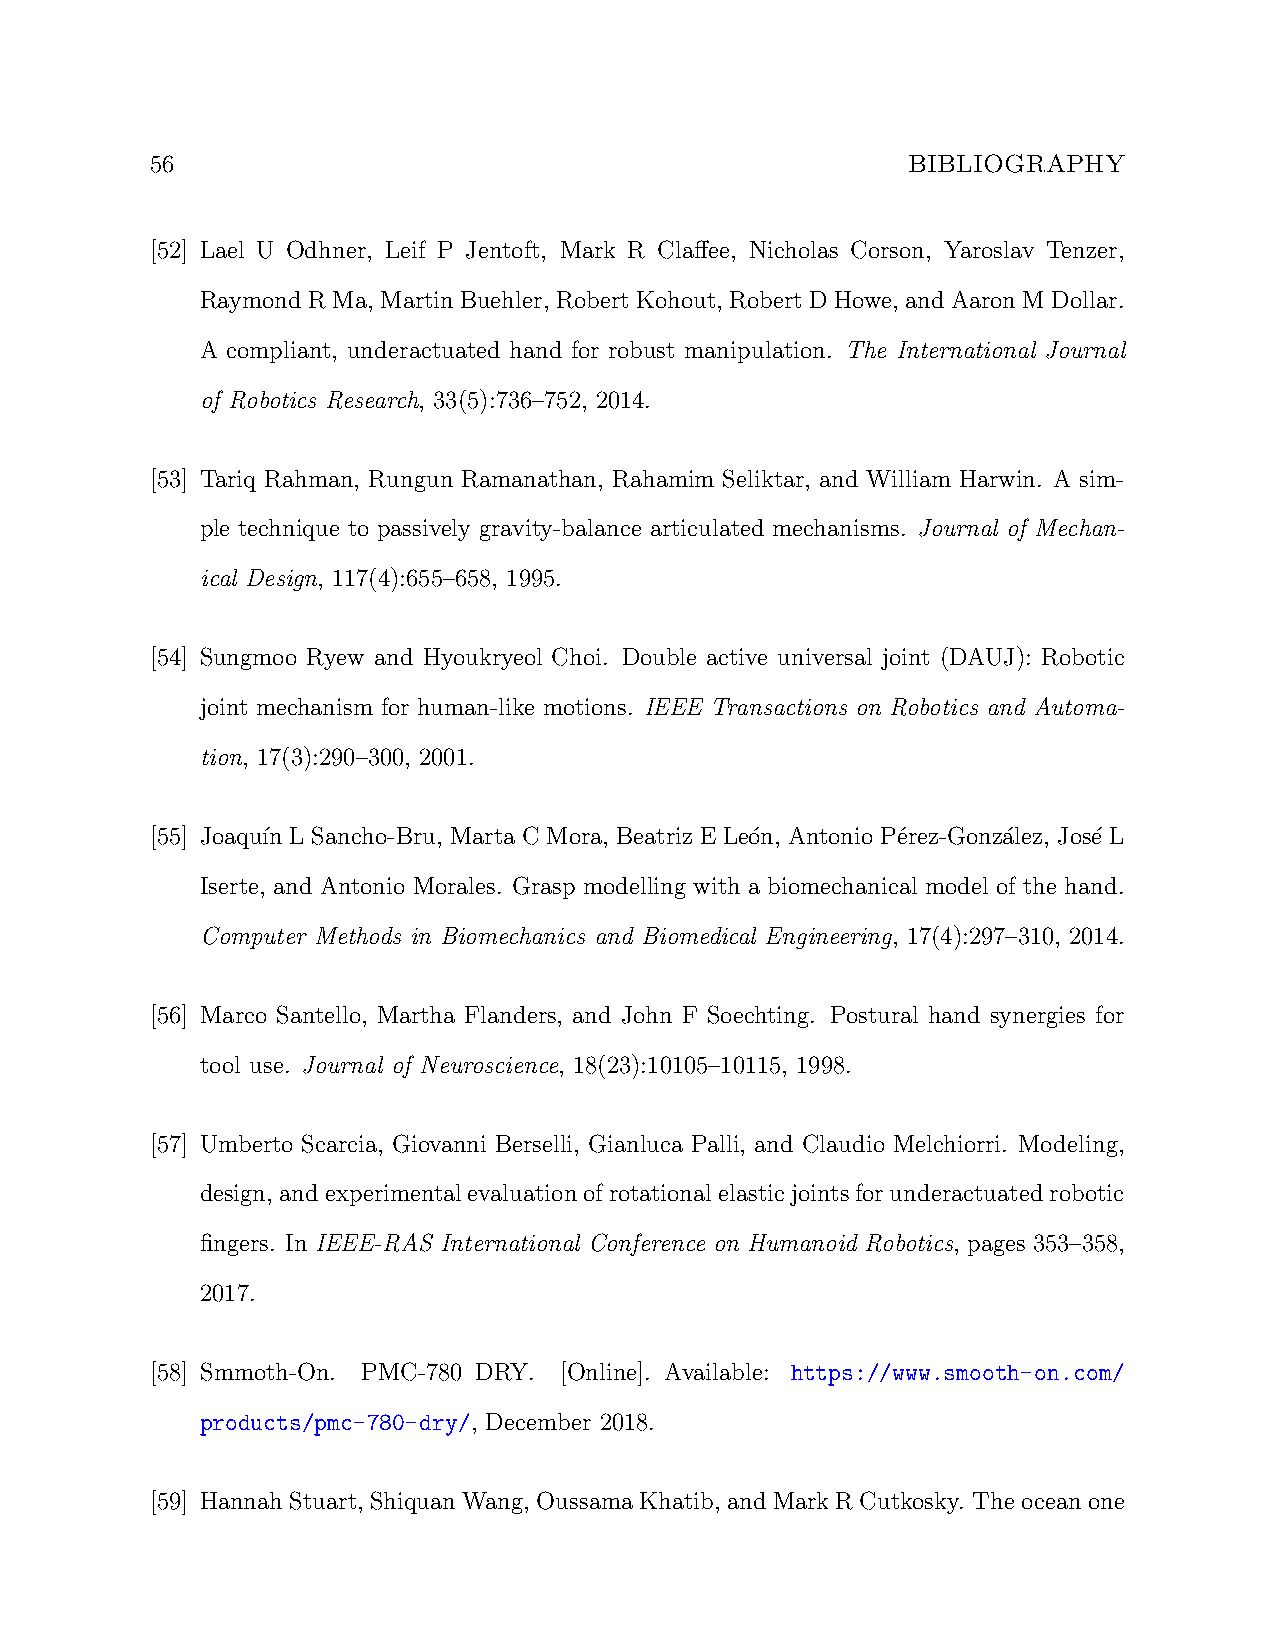
56                                                BIBLIOGRAPHY
 [52] Lael U Odhner, Leif P Jentoft, Mark R Claffee, Nicholas Corson, Yaroslav Tenzer,
 RaymondRMa, MartinBuehler, RobertKohout, Robert DHowe, andAaron MDollar.
 A compliant, underactuated hand for robust manipulation. The International Journal
 of Robotics Research, 33(5):736–752, 2014.
 [53] Tariq Rahman, Rungun Ramanathan, Rahamim Seliktar, and William Harwin. A sim-
 ple technique to passively gravity-balance articulated mechanisms. Journal of Mechan-
 ical Design, 117(4):655–658, 1995.
 [54] Sungmoo Ryew and Hyoukryeol Choi. Double active universal joint (DAUJ): Robotic
 joint mechanism for human-like motions. IEEE Transactions on Robotics and Automa-
 tion, 17(3):290–300, 2001.
 [55] Joaqu´ın L Sancho-Bru, Marta C Mora, Beatriz E Leo´n, Antonio P´erez-Gonza´lez, Jos´e L
 Iserte, and Antonio Morales. Grasp modelling with a biomechanical model of the hand.
 Computer Methods in Biomechanics and Biomedical Engineering, 17(4):297–310, 2014.
 [56] Marco Santello, Martha Flanders, and John F Soechting. Postural hand synergies for
 tool use. Journal of Neuroscience, 18(23):10105–10115, 1998.
 [57] Umberto Scarcia, Giovanni Berselli, Gianluca Palli, and Claudio Melchiorri. Modeling,
 design, andexperimentalevaluationofrotationalelasticjointsforunderactuatedrobotic
 fingers. In IEEE-RAS International Conference on Humanoid Robotics, pages 353–358,
 2017.
 [58] Smmoth-On. PMC-780 DRY. [Online]. Available: https://www.smooth-on.com/
 products/pmc-780-dry/, December 2018.
 [59] Hannah Stuart, ShiquanWang, OussamaKhatib, andMarkRCutkosky. Theoceanone